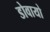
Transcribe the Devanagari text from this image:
डोवायो